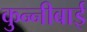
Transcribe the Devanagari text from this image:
कुन्नीबाई